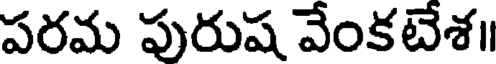
పరమ పురుష వేంకటేశ